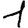
Digit: 1